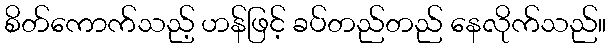
စိတ်ကောက်သည့် ဟန်ဖြင့် ခပ်တည်တည် နေလိုက်သည်။